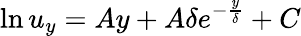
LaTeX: \ln u_{y}=Ay+A\delta e^{-\frac{y}{\delta}}+C